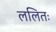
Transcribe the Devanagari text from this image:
ललितः